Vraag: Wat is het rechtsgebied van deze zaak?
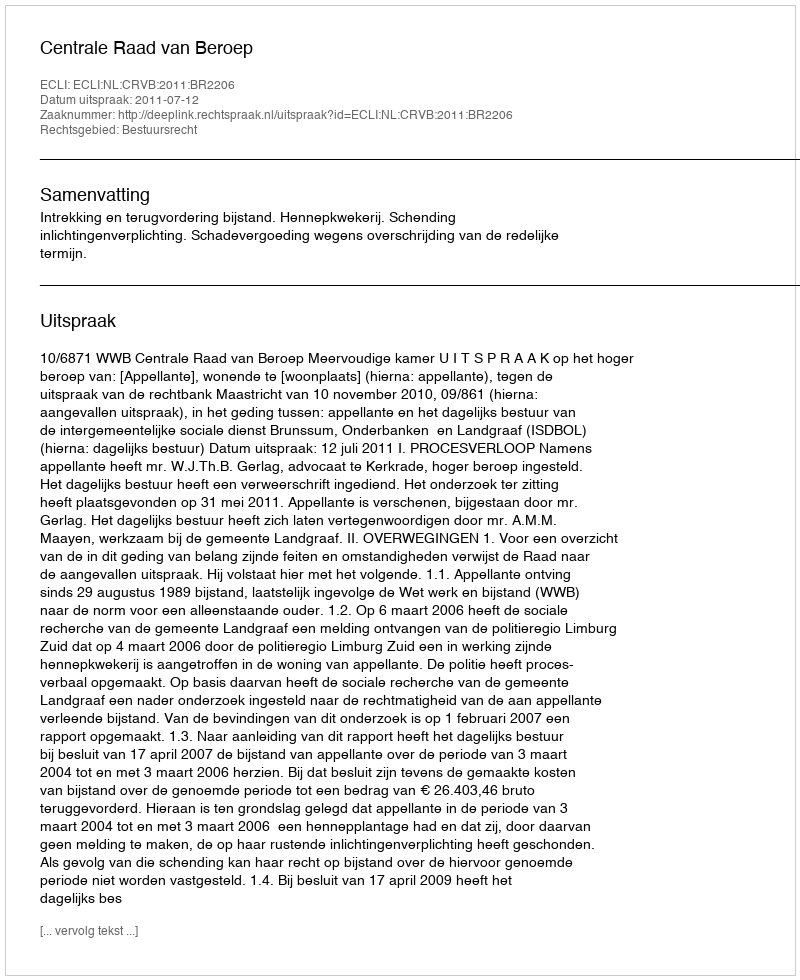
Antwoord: Bestuursrecht